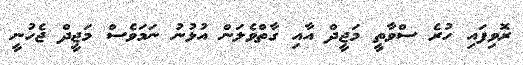
ރޮވިފައި ހުރެ ސްވާތީ މަޖީދް އާއި ގާތްވެލަން އުޅުނު ނަމަވެސް މަޖީދް ޖެހުނީ